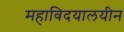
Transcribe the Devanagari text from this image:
महाविदयालयीन